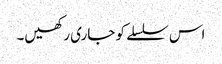
اس سلسلے کو جاری رکھیں۔